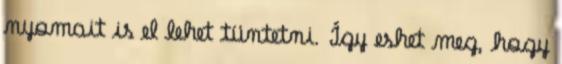
nyomait is el lehet tüntetni. Így eshet meg, hogy